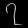
Digit: ၇